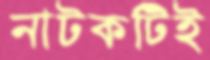
নাটকটিই